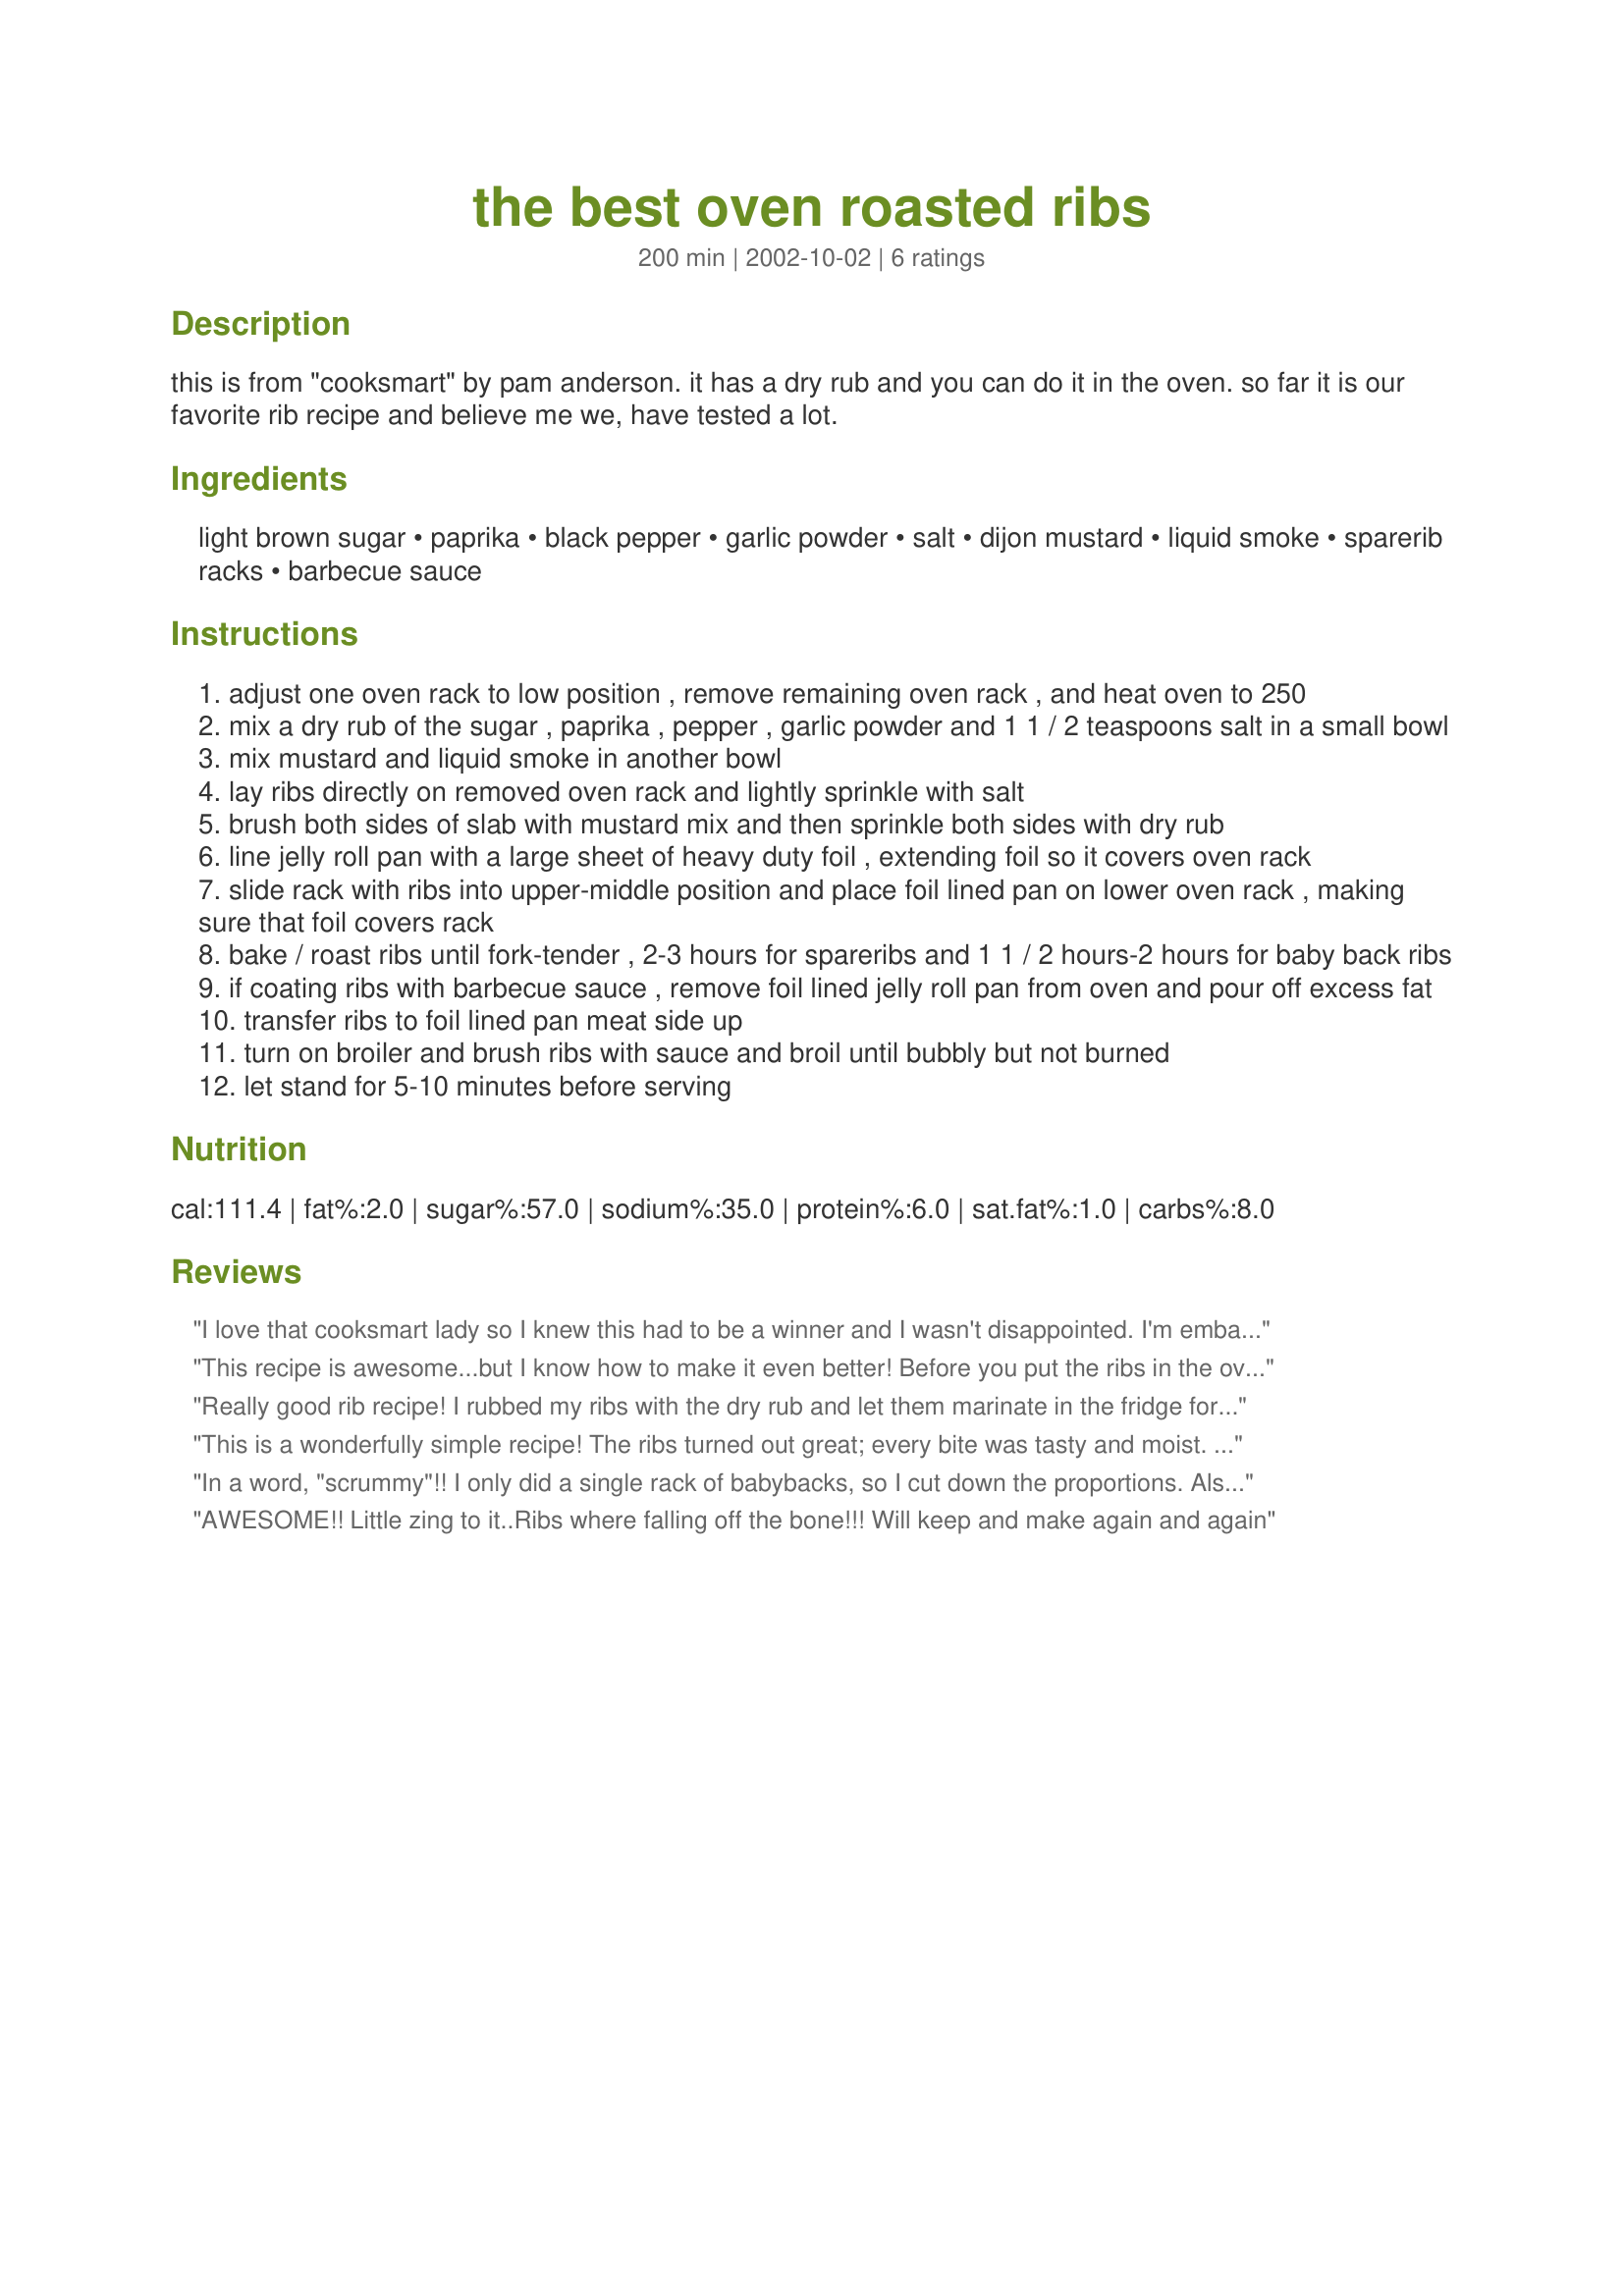
the best oven roasted ribs
Preparation time: 200 minutes

this is from "cooksmart" by pam anderson. it has a dry rub and you can do it in the oven. so far it is our favorite rib recipe and believe me we, have tested a lot.

Ingredients:
light brown sugar, paprika, black pepper, garlic powder, salt, dijon mustard, liquid smoke, sparerib racks, barbecue sauce

Steps:
adjust one oven rack to low position , remove remaining oven rack , and heat oven to 250
mix a dry rub of the sugar , paprika , pepper , garlic powder and 1 1 / 2 teaspoons salt in a small bowl
mix mustard and liquid smoke in another bowl
lay ribs directly on removed oven rack and lightly sprinkle with salt
brush both sides of slab with mustard mix and then sprinkle both sides with dry rub
line jelly roll pan with a large sheet of heavy duty foil , extending foil so it covers oven rack
slide rack with ribs into upper-middle position and place foil lined pan on lower oven rack , making sure that foil covers rack
bake / roast ribs until fork-tender , 2-3 hours for spareribs and 1 1 / 2 hours-2 hours for baby back ribs
if coating ribs with barbecue sauce , remove foil lined jelly roll pan from oven and pour off excess fat
transfer ribs to foil lined pan meat side up
turn on broiler and brush ribs with sauce and broil until bubbly but not burned
let stand for 5-10 minutes before serving

Reviews:
I love that cooksmart lady so I knew this had to be a winner and I wasn't disappointed. I'm embarrassed to report this was actually my first time making ribs and we did baby backs for the Superbowl. WOW. The rub was so great, I could eat a whole rack without any sauce at all, but I took your recommendation and made Lee Lees sauce as well (check my review there, loved the sauce, but only had green ketchup on hand which made for "alien ribs" LOL). The sauce was great too. Baby back ribs must be bad for you or something because they were just so darn good! Thank you so much for posting this recipe. I'll never have to try another rib recipe again.
This recipe is awesome...but I know how to make it even better! Before you put the ribs in the oven to slow cook, put an aluminum foil pan at the bottom of the oven with some apple juice in it and maybe a few dashes of liquid smoke. This will keep the ribs super juicy and tender during the slow cooking process. Also...once the slow cooking is done, give the ribs a kiss on the grill to get that look and flavor...always put the BBQ sauce on at the end 5 minutes before you remove from the grill...they will be perfect!
Really good rib recipe! I rubbed my ribs with the dry rub and let them marinate in the fridge for a few hours.I took the ribs out and let them sit at room temp for a while and then coated then with the mustard/liquid smoke. I cooked my ribs for a little more then 3 hours and I got very tender spareribs. I love oven rib recipes and this one was definitely a winner. Thanks for sharing.
This is a wonderfully simple recipe! The ribs turned out great; every bite was tasty and moist. My husband and guests thoroughly enjoyed!
In a word, "scrummy"!! I only did a single rack of babybacks, so I cut down the proportions. Also, rather than dirty my oven rack (which I just cleaned...), I put the ribs on a cooling rack set over a foil-lined, rimmed baking sheet; they fit perfectly. And here I thought Pam was just a Baywatch Bimbo..LOL. (just joshin', I know there are 2 Pam Andersons...) Thanks taylortwo and Pam. (not Pamela)
AWESOME!! Little zing to it..Ribs where falling off the bone!!! Will keep and make again and again
